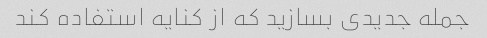
جمله جدیدی بسازید که از کنایه استفاده کند